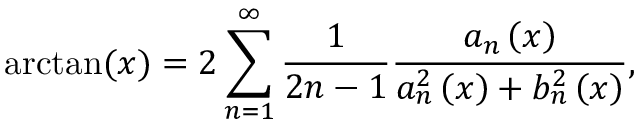
\arctan ( x ) = 2 \sum _ { n = 1 } ^ { \infty } { { \frac { 1 } { 2 n - 1 } } { \frac { { { a } _ { n } } \left( x \right) } { a _ { n } ^ { 2 } \left( x \right) + b _ { n } ^ { 2 } \left( x \right) } } } ,